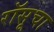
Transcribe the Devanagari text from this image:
रॉसूचा